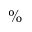
\%